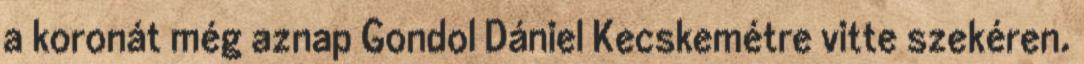
a koronát még aznap Gondol Dániel Kecskemétre vitte szekéren.